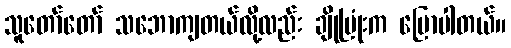
သူတော်တော် သဘောကျတယ်လို့လည်း ချိုပြုံးက ပြောပါတယ်။